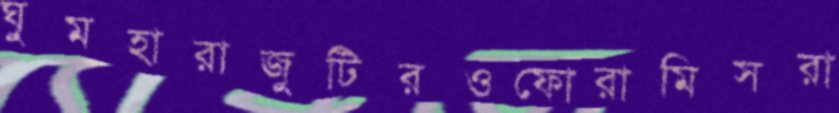
ঘুমহারাজুটিরওফোরামিসরা